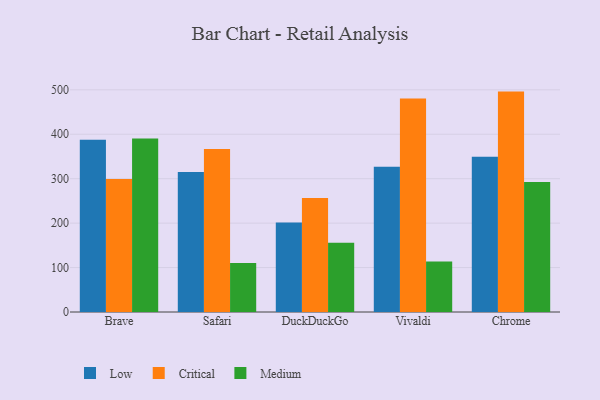
{"axis": {"x": "Browser", "y": "Production Output"}, "legend": ["Critical", "Low", "Medium"], "data": [{"x": "Brave", "y": 387.4, "type": "Low"}, {"x": "Brave", "y": 299.5, "type": "Critical"}, {"x": "Brave", "y": 390.2, "type": "Medium"}, {"x": "Safari", "y": 315.3, "type": "Low"}, {"x": "Safari", "y": 366.7, "type": "Critical"}, {"x": "Safari", "y": 110.0, "type": "Medium"}, {"x": "DuckDuckGo", "y": 201.5, "type": "Low"}, {"x": "DuckDuckGo", "y": 256.4, "type": "Critical"}, {"x": "DuckDuckGo", "y": 155.9, "type": "Medium"}, {"x": "Vivaldi", "y": 326.9, "type": "Low"}, {"x": "Vivaldi", "y": 480.4, "type": "Critical"}, {"x": "Vivaldi", "y": 113.8, "type": "Medium"}, {"x": "Chrome", "y": 349.5, "type": "Low"}, {"x": "Chrome", "y": 496.0, "type": "Critical"}, {"x": "Chrome", "y": 292.3, "type": "Medium"}]}